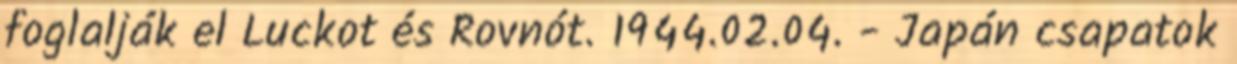
foglalják el Luckot és Rovnót. 1944.02.04. - Japán csapatok